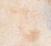
々